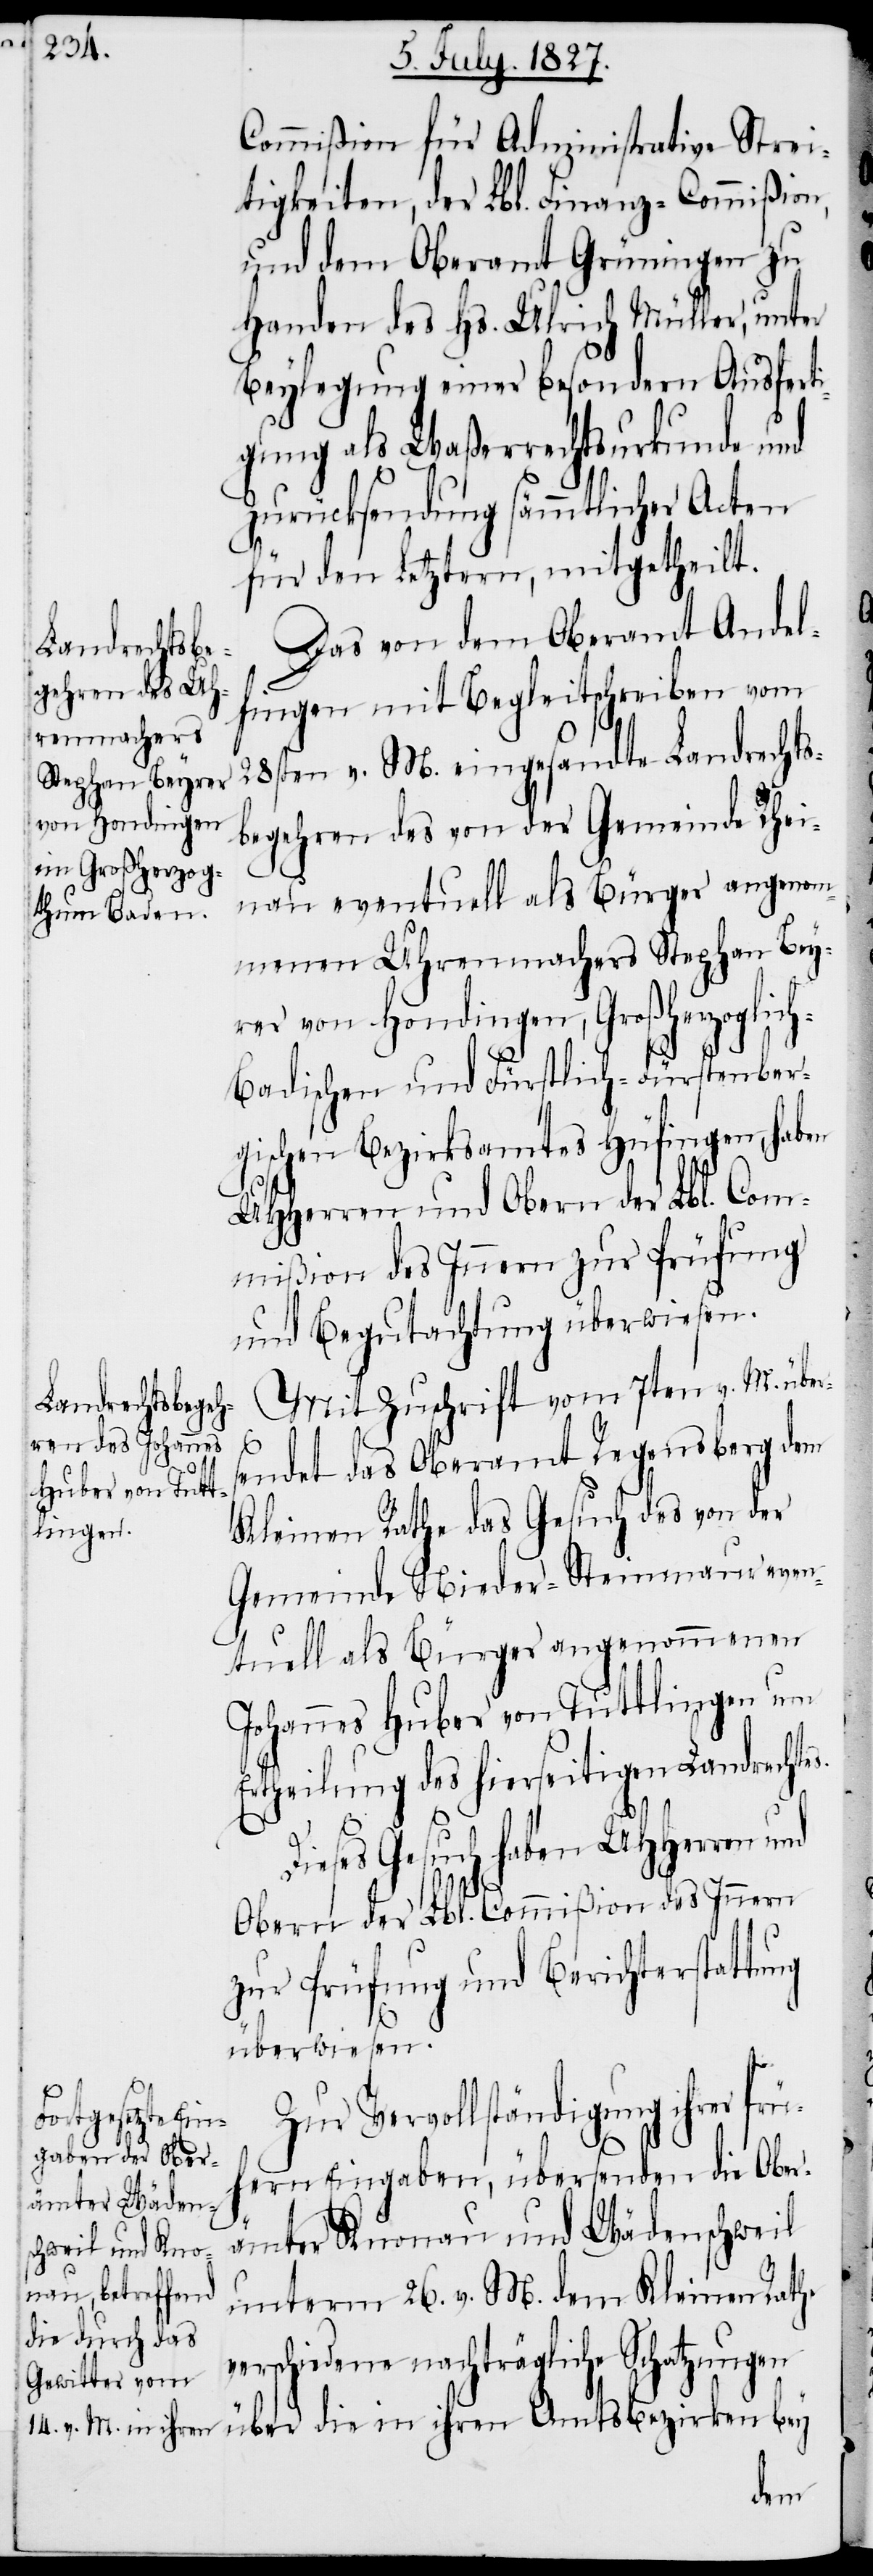
Commißion für Administrative Strei¬
tigkeiten, der Lbl. Finanz-Commißion,
und dem Oberamt Grüningen zu
Handen des Hs. Ulrich Müller, unter
Beylegung einer besondern Ausferti¬
gung als Waßerrechtsurkunde und
Zurücksendung sämmtlicher Acten
für den Letztern, mitgetheilt.
Das von dem Oberamt Andel¬
fingen mit Begleitschreiben vom
28sten v. M. eingesandte Landrechts¬
begehren des von der Gemeinde Rhei¬
nau eventuell als Bürger angenom¬
menen Uhrenmachers Stephan Bey¬
rer von Hondingen, Großherzoglic¬
h-Badischen und Fürstlich-Fürstenber¬
gischen Bezirksamtes Hüfingen, haben
UHHerren und Obern der Lbl. Com¬
mißion des Innern zur Prüfung
und Begutachtung überwiesen.
Mit Zuschrift vom 7ten v. M. über¬
ng
endet das Oberamt Regensberg dem
Kleinen Rathe das Gesuch des von der
Gemeinde Nieder-Steinmaur event¬
uell als Bürger angenommenen
Johannes Huber von Tuttlingen um
Ertheilung des hierseitigen Landrechte¬
Dieses Gesuch haben UHHerren
Obern der Lbl. Commißion des Innern
zur Prüfung und Berichterstattu¬
überwiesen.
Zur Vervollständigung ihrer frü¬
hern Eingaben, übersenden die Ober¬
ämter Knonau und Wädenschweil
unterm 26. v. M. dem Kleinen Rathe
verschiedene nachträgliche Schatzungen
über die in ihren Amtsbezirken bey